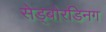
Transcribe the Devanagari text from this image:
सेड्बोरडिनग